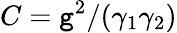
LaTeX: C=\mathtt{g}^{2}/(\gamma_{1}\gamma_{2})